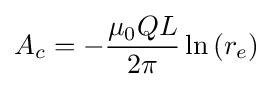
A_{c}=-{\mu _{0}QL \over 2\pi }\ln \left(r_{e}\right)